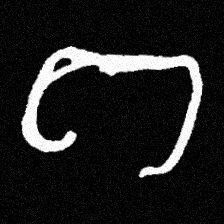
Pyu character \u2014 Myanmar letter: ဂ (romanized: ga)